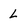
Character: L